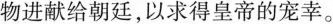
物进献给朝廷，以求得皇帝的宠幸。